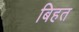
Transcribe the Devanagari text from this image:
बिहत